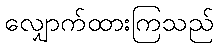
လျှောက်ထားကြသည်